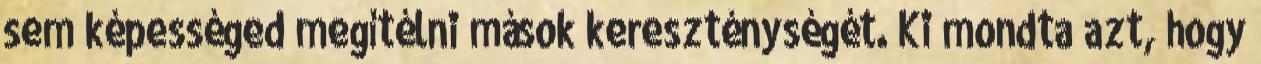
sem képességed megítélni mások kereszténységét. Ki mondta azt, hogy